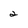
Character: 2